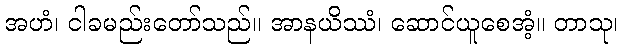
အဟံ၊ ငါခမည်းတော်သည်။ အာနယိဿံ၊ ဆောင်ယူစေအံ့။ တာသု၊